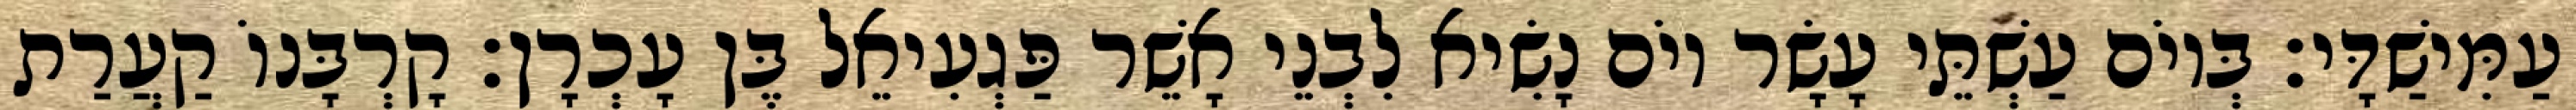
עַמִּישַׁדָּי׃ בְּיוֹם עַשְׁתֵּי עָשָׂר יוֹם נָשִׂיא לִבְנֵי אָשֵׁר פַּגְעִיאֵל בֶּן עָכְרָן׃ קָרְבָּנוֹ קַעֲרַת